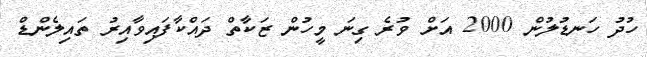
ހުދު ހަނޑުލުން 2000 އަށް ވުރެ ގިނަ މީހުން ޒަކާތް ދައްކާފައިވާއިރު ތައިލެންޑް